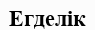
Егделік